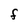
Character: F